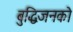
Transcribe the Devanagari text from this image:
बुद्धिजनको